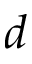
d